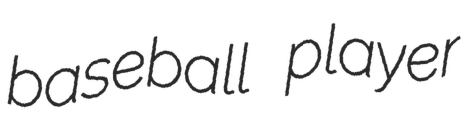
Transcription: baseball player